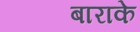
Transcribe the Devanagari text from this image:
बाराके